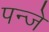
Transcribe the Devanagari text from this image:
पन्जे